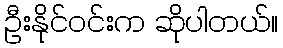
ဦးနိုင်ဝင်းက ဆိုပါတယ်။